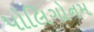
પોલિગોનમ